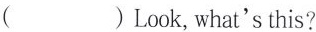
（ )Look,what's this?